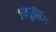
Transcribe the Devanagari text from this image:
जम्बुलिंग